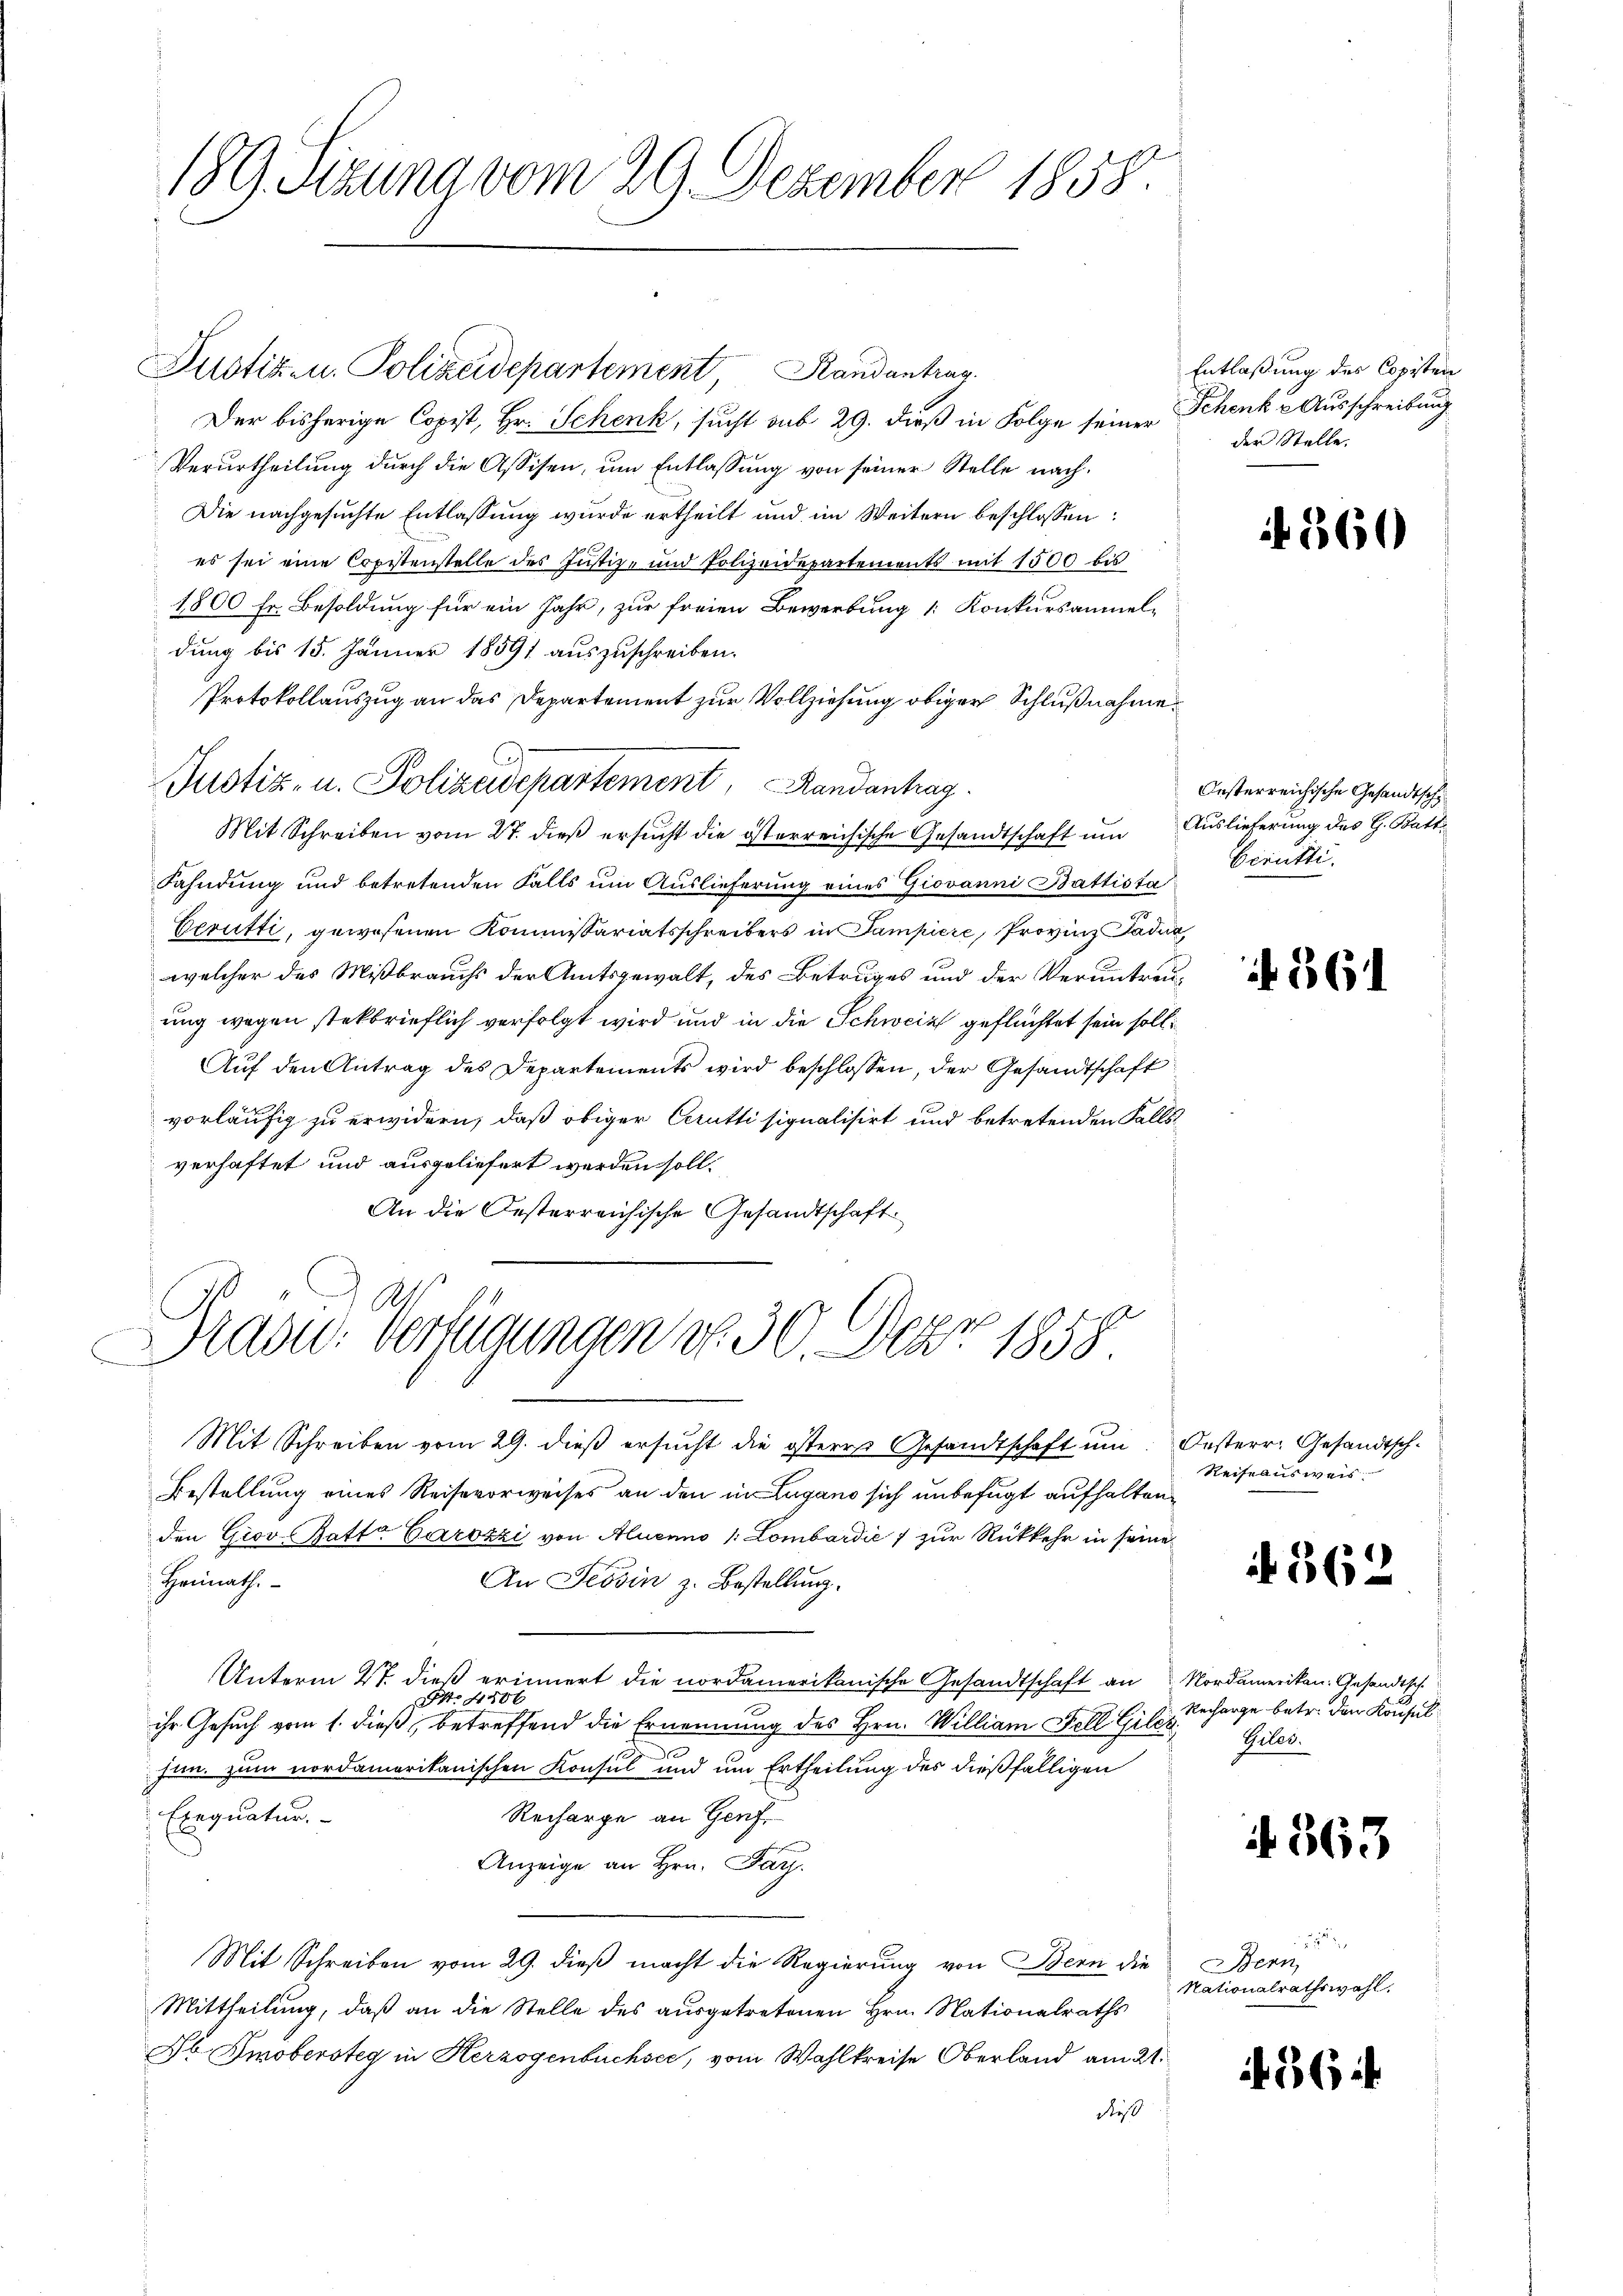
189. Sitzung vom 29. Dezember 1858.

Justiz- u. Polizeidepartement Randantrag
Der bisherige Copist, Hr. Schenk, sucht aus 29. dieß in Folge seiner Schenk & Ausschreibung
Verurtheilung durch die Assisen, um Entlassung von seiner Stelle nach¬
Die nachgesuchte Entlassung wurde ertheilt und im Weitern beschlossen:
es sei eine Copistenstelle des Justiz- und Polizeidepartements mit 1500 bis
1800 Fr. Besoldung für ein Jahr, zur freien Bewerbung : Konkursanmeldung bis 15. Jänner 18591 auszuschreiben.
Protokollauszug an das Departement zur Vollziehung obiger Schlußnahme
Mit Schreiben vom 27. dieß ersucht die österreichische Gesandtschaft um Auslieferung des H. Batt¬
Fahndung und betretenden Falls um Auslieferung eines Giovanni Battista
Gerütti, gewesenen Kommissariatsschreibers in Sampiere, Provinz Padia
welcher des Mißbrauchs der Amtsgewalt, des Betruges und der Veruntreuung wegen stekbrieflich verfolgt wird und in die Schweiz geflüchtet sein soll
Auf den Antrag des Departements wird beschlossen, der Gesandtschaft
vorläufig zu erwidern, daß obiger Cerutti signalisirt und betretenden Falls
verhaftet und ausgeliefert werden soll.
An die Oesterreichische Gesandtschaft.

Justiz- u. Polizeidepartement, Randanhag

Sad: Verfügungen v. 30. Dez. 1858

Mit Schreiben vom 29. dieβ ersŭcht die östere Gesandtschaft ŭm: Oesterr. Gesandtsch-
Bestellung eines Reisevorweises an den in Lugano sich unbefugt aufhalten,
den Giov Battr Carozzi von Aluenno 1: Lombardić 7 zur Rückkehr in seine
Heimath.
An Tessin z. Bestellung.
Unterm 27. dieß erinnert die nordamerikanische Gesandtschaft an Nordamerikan. Gesandtsch
4806
d
ihr Gesuch vom 1. dieß, betreffend die Ernennung des Hrn. William Fell Gile
hin. zum nordamerikanischen Konsul und um Ertheilung des dießfälligen
Exequatur.
Recharge an Genf
Anzeige an Hrn. Far
Mit Schreiben vom 29. dieβ macht die Regierŭng von Bern die Bern,
Mittheilung, daß an die Stelle des ausgetretenen Hrn. Nationalraths
Jb. Smobersteg in Herzogenbüchsee, vom Wahlkreise Oberland am 21.
dieß

Entlaßung des Copisten
der Stelle.

560

Oesterreichische Gesandtsche
birutti.

561.

Reiseausweis

362

Recharge betr. den Konsul
Giles.

363

Nationalrathswahl.

56